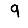
Digit: 9